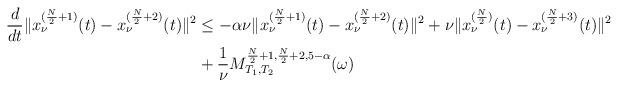
LaTeX: \begin{align*}\frac{d}{dt}\|x_\nu^{(\frac{N}{2}+1)}(t)-x_\nu^{(\frac{N}{2}+2)}(t)\|^2&\leq-\alpha\nu\|x_\nu^{(\frac{N}{2}+1)}(t)-x_\nu^{(\frac{N}{2}+2)}(t)\|^2+\nu\|x_\nu^{(\frac{N}{2})}(t)-x_\nu^{(\frac{N}{2}+3)}(t)\|^2\\&+\frac{1}{\nu}M_{T_1,T_2}^{\frac{N}{2}+1,\frac{N}{2}+2,5-\alpha}(\omega)\end{align*}